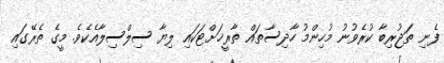
ފެނި ތަޖުރިބާ ކުރެވުނު މުހިންމު ހާދިސާތައް ތާރީޚަށްޓަކައި ލިޔާ ސިލްސިލާއެކެވެ. މީގެ ތެރޭގައި